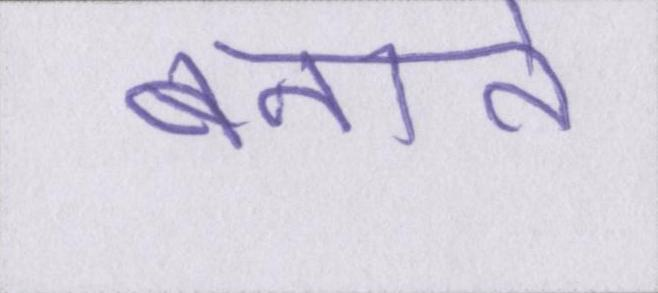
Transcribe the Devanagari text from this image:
बनाते